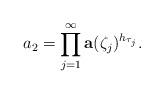
LaTeX: \begin{align*}a_2=\prod_{j=1}^{\infty}\mathbf a(\zeta_j)^{h_{\tau_j}}.\end{align*}